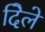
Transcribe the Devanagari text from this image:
दिेले